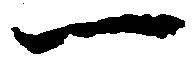
一